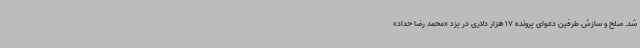
شد. صلح و سازش طرفین دعوای پرونده 17 هزار دلاری در یزد «محمد رضا حداد»